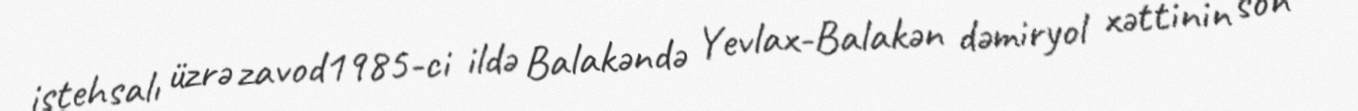
istehsalı üzrə zavod1985-ci ildə Balakəndə Yevlax-Balakən dəmiryol xəttinin son